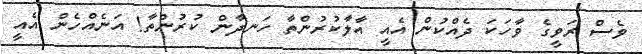
ވެސް ރަވީގެ ވާހަކަ ދެއްކުން އެއީ އާލާކުރުންތާ ހަނދާން ކުރުންތާ! އަނެއްހެން އެއީ